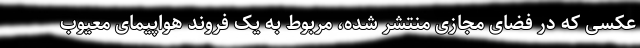
عکسی که در فضای مجازی منتشر شده، مربوط به یک فروند هواپیمای معیوب